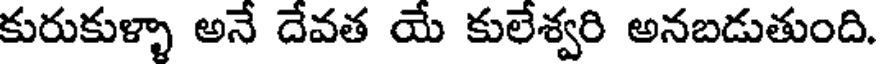
కురుకుళ్ళా అనే దేవత యే కులేశ్వరి అనబడుతుంది.